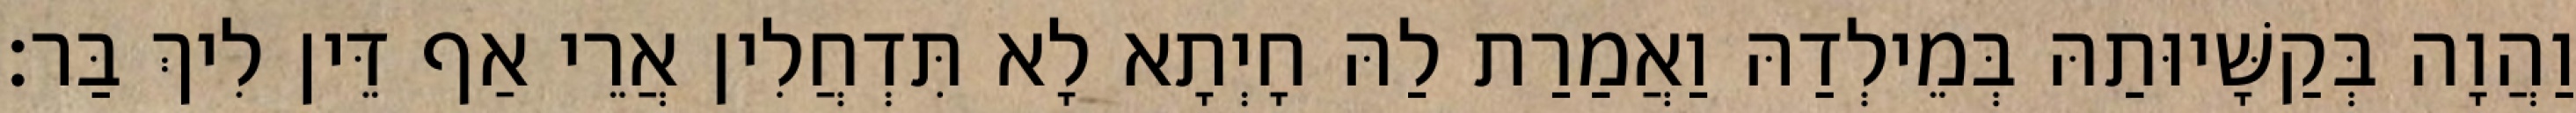
וַהֲוָה בְּקַשָּׁיוּתַהּ בְּמֵילְדַהּ וַאֲמַרַת לַהּ חָיְתָא לָא תִּדְחֲלִין אֲרֵי אַף דֵּין לִיךְ בַּר׃